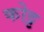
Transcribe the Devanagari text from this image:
कोट्ट